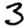
Digit: 3